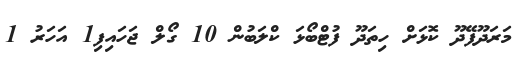
މަރަދޫފޭދޫ ކޮޅަށް ހިތަދޫ ފުޓްބޯޅަ ކްލަބުން 10 ގޯލް ޖަހައިފި1 އަހަރު 1